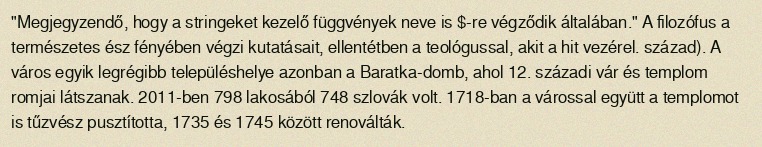
"Megjegyzendő, hogy a stringeket kezelő függvények neve is $-re végződik általában." A filozófus a természetes ész fényében végzi kutatásait, ellentétben a teológussal, akit a hit vezérel. század). A város egyik legrégibb településhelye azonban a Baratka-domb, ahol 12. századi vár és templom romjai látszanak. 2011-ben 798 lakosából 748 szlovák volt. 1718-ban a várossal együtt a templomot is tűzvész pusztította, 1735 és 1745 között renoválták.